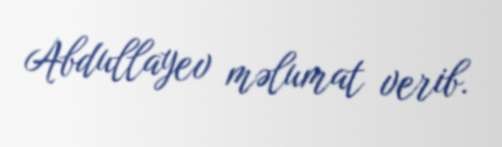
Abdullayev məlumat verib.